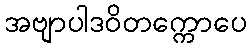
အဗျာပါဒဝိတက္ကောပေ